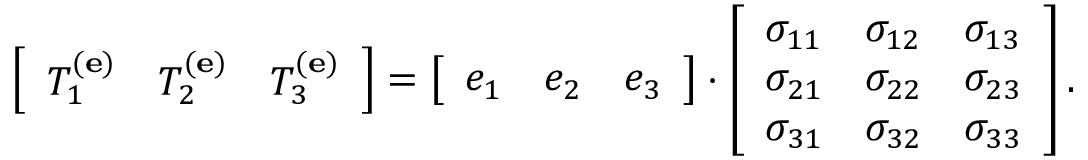
\left[ { \begin{array} { l l l } { T _ { 1 } ^ { ( \mathbf { e } ) } } & { T _ { 2 } ^ { ( \mathbf { e } ) } } & { T _ { 3 } ^ { ( \mathbf { e } ) } } \end{array} } \right] = \left[ { \begin{array} { l l l } { e _ { 1 } } & { e _ { 2 } } & { e _ { 3 } } \end{array} } \right] \cdot \left[ { \begin{array} { l l l } { \sigma _ { 1 1 } } & { \sigma _ { 1 2 } } & { \sigma _ { 1 3 } } \\ { \sigma _ { 2 1 } } & { \sigma _ { 2 2 } } & { \sigma _ { 2 3 } } \\ { \sigma _ { 3 1 } } & { \sigma _ { 3 2 } } & { \sigma _ { 3 3 } } \end{array} } \right] .